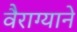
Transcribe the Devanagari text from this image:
वैराग्याने